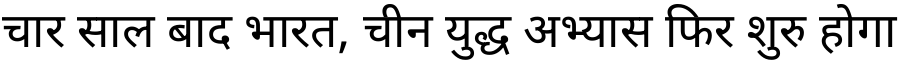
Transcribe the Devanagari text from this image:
चार साल बाद भारत, चीन युद्ध अभ्यास फिर शुरु होगा